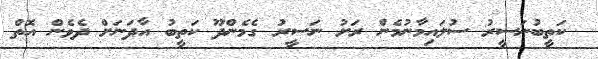
ކަތީބުނަސީރު ސުލައިމާނުމެން ރަށު ނަސީރު ގެމެންދޫ ކަތީބު އާދަނަށް ދެވެން އޮތް